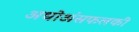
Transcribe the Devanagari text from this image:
अधोअंसफलकी